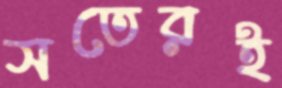
সতেরই